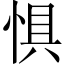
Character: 惧